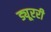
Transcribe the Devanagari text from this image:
ड्यूररी